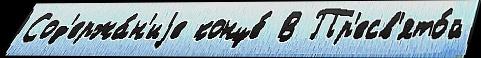
Сод'ержа́н'иjе конце́ В Пр'есв'ято́й